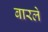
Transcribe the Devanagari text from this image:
बारले